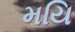
મયિ